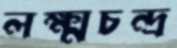
লক্ষ্মচন্দ্র